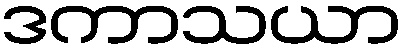
ဒကာသယာ